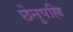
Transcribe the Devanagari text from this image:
छेनुपल्लि